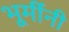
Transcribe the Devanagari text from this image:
भूमींनी